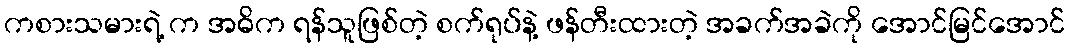
ကစားသမားရဲ့ က အဓိက ရန်သူဖြစ်တဲ့ စက်ရုပ်နဲ့ ဖန်တီးထားတဲ့ အခက်အခဲကို အောင်မြင်အောင်